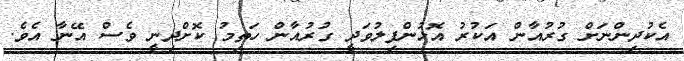
އެކުދިންނަށް ގުރުއާން އަކުރު އޮޅުންފިލުވަދީ ގުރުއާން ހަތިމު ކޮށްދިނީ ވެސް އޭނާ އެވެ.